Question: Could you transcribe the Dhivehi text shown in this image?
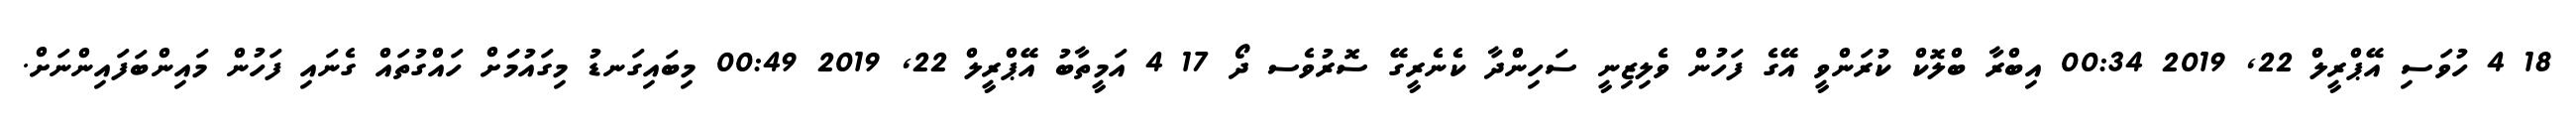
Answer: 18 4 ހުވަސި އޭޕްރީލް 22, 2019 00:34 އިބްރާ ބްލޮކް ކުރަންވީ އޭގެ ފަހުން ވެލިޒިނީ ސަހިންދާ ކެނެރީގޭ ސޮރުވެސ ދޯ 17 4 އަމީތާބު އޭޕްރީލް 22, 2019 00:49 މިބައިގަނޑު މިގައުމަަށް ހައްގުތައް ގެނައި ފަހުން މައިންބަފައިންނަށް.